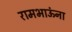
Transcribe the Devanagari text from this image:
रामभाऊंना